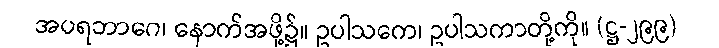
အပရဘာဂေ၊ နောက်အဖို့၌။ ဥပါသကေ၊ ဥပါသကာတို့ကို။ (ဋ္ဌ-၂၉၉)